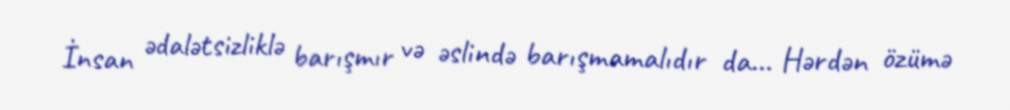
İnsan ədalətsizliklə barışmır və əslində barışmamalıdır da... Hərdən özümə